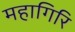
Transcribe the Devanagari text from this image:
महागिरि